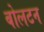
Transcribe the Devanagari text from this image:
बोलटन